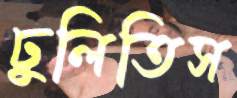
ঢুলিতিস